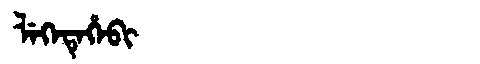
Manchu: ᠯᡝᡴᡝᡨᡝᡥᡝᠪᡳ
Romanization: LEKETEHEBI